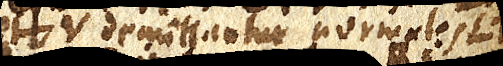
et V demittantur normales LT,